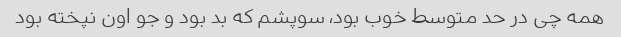
همه چی در حد متوسط خوب بود، سوپشم که بد بود و جو اون نپخته بود